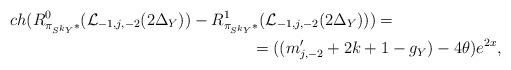
LaTeX: \begin{align*}ch(R^{0}_{{\pi}_{S^{k} Y}*}(\mathcal{L}_{-1,j,-2}(2\Delta_{Y}))-R^{1}_{{\pi}_{S^{k} Y}*}(\mathcal{L}_{-1,j,-2}(2\Delta_{Y})))=\ \ \ \ \ \ \ \ \ \ \ \ \ \ \ \ \ \ \ \ \\=((m'_{j,-2}+2k+1-g_{Y})-4\theta)e^{2x},\end{align*}